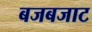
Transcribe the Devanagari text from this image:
बजबजाट